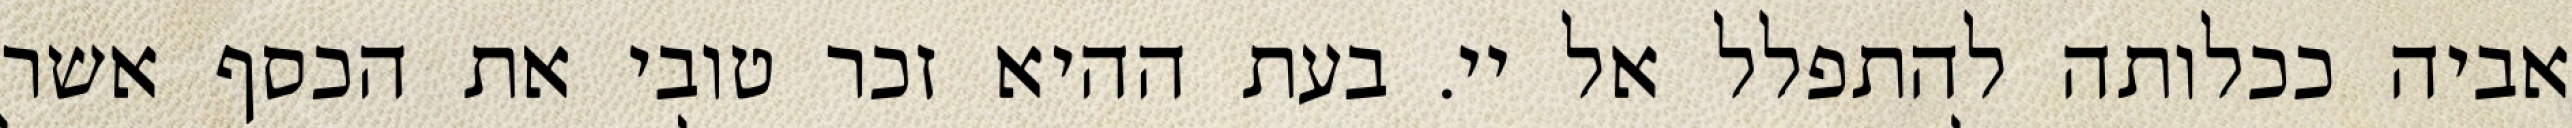
אביה ככלותה להתפלל אל יי. בעת ההיא זכר טובי את הכסף אשר